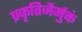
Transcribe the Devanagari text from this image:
प्रकृतिजैर्मुक्तं